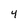
Character: 4